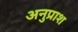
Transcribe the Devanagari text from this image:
अनुप्राश